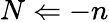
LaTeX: N\Leftarrow-n